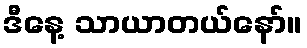
ဒီနေ့ သာယာတယ်နော်။